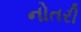
નોતરી